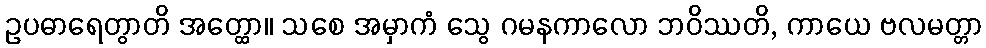
ဥပဓာရေတွာတိ အတ္ထော။ သစေ အမှာကံ သွေ ဂမနကာလော ဘဝိဿတိ, ကာယေ ဗလမတ္တာ